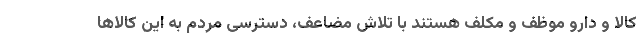
کالا و دارو موظف و مکلف هستند با تلاش مضاعف، دسترسی مردم به این کالاها